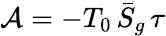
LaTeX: \mathcal{A}=-T_{0}\, \bar{S}_{g}\, \tau